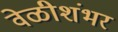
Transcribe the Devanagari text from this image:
वेळीशंभर